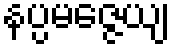
နပ္ပမဇ္ဇေယျ